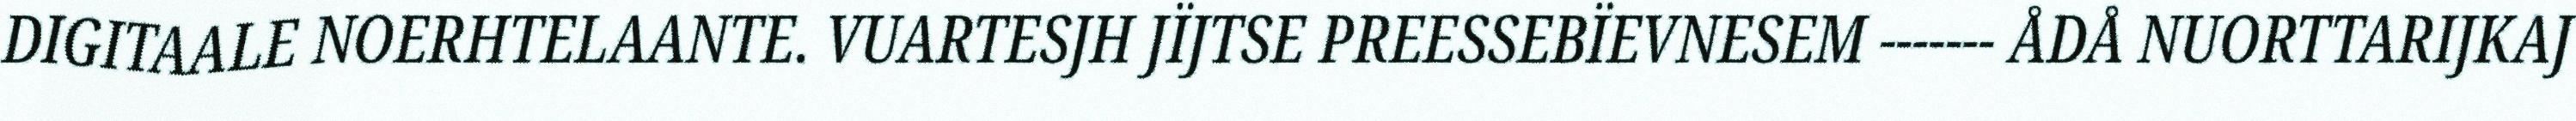
DIGITAALE NOERHTELAANTE. VUARTESJH JÏJTSE PREESSEBÏEVNESEM ------- ÅDÅ NUORTTARIJKAJ